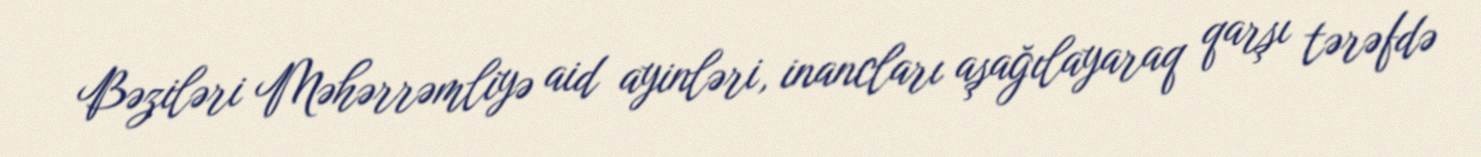
Bəziləri Məhərrəmliyə aid ayinləri, inancları aşağılayaraq qarşı tərəfdə